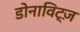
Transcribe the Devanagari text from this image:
डोनाविट्ज़